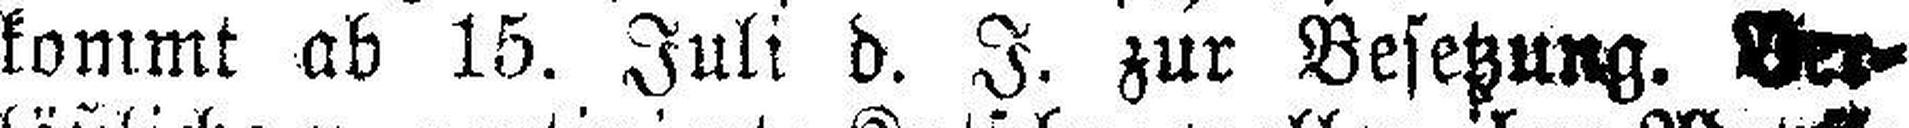
kommt ab 15. Juli d. J. zur Besetzung. Ver¬